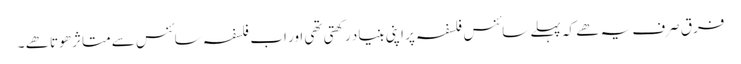
فرق صرف یہ ھے کہ پہلے سائنس فلسفہ پر اپنی بنیاد رکھتی تھی اور اب فلسفہ سائنس سے متاثر ھوتا ھے ۔